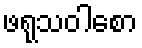
ဖရုသဝါစော